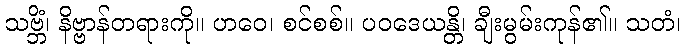
သဗ္ဘိံ၊ နိဗ္ဗာန်တရားကို။ ဟဝေ၊ စင်စစ်။ ပဝဒေယန္တိ၊ ချီးမွမ်းကုန်၏။ သတံ၊